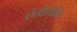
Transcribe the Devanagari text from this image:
एंतोनोव